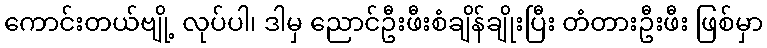
ကောင်းတယ်ဗျို့ လုပ်ပါ၊ ဒါမှ ညောင်ဦးဖီးစံချိန်ချိုးပြီး တံတားဦးဖီး ဖြစ်မှာ